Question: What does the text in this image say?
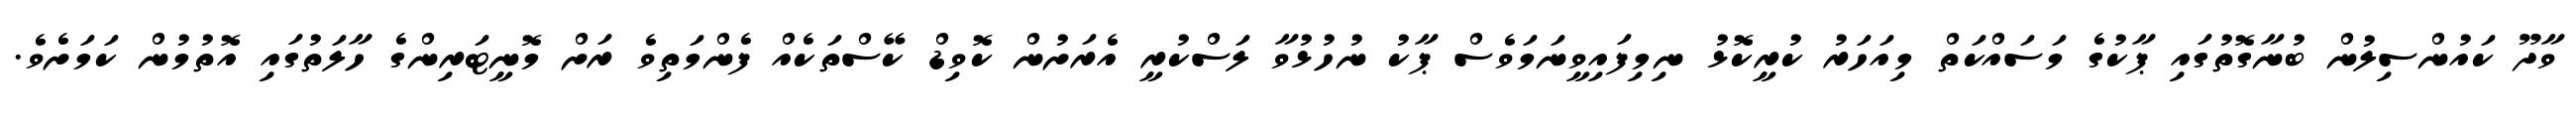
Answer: ވާދޫ ކައުންސިލުން ބުނާގޮތުގައި ޕާކުގެ މަސައްކަތް މިއަހަރު ކުރީކޮޅު ނިމިފައިވީނަމަވެސް ޕާކު ނުހުޅުވާ ލަސްކުރީ އެރަށުން ކޮވިޑް ކޭސްތަކެއް ފެންމަތިވެ ރަށް މޮނީޓަރިންގެ ހާލަތުގައި އޮތުމުން ކަމަށެވެ.